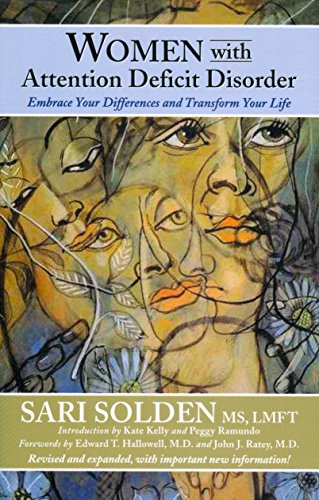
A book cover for Women with Attention Deficit Disorder: Embrace Your Differences and Transform Your Life; Sari Solden; Medical Books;